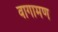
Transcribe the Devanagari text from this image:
वागामण